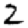
Digit: 2